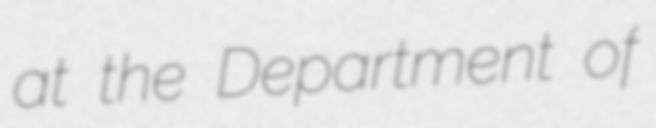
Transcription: at the Department of